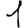
Digit: 1